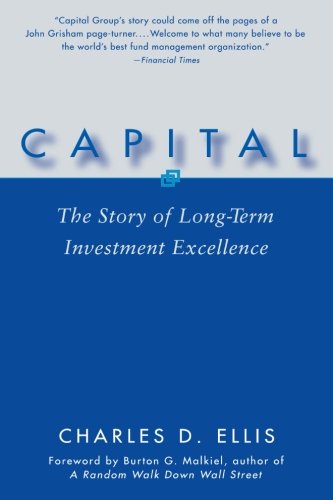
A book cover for Capital: The Story of Long-Term Investment Excellence; Charles D. Ellis; Business & Money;